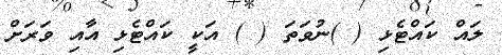
ލައް ކައްޓެޅި ( )ނުވަތަ ( ) އަކީ ކައްޓެޅި އާއި ވަރަށް